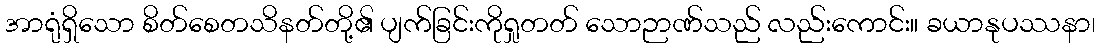
အာရုံရှိသော စိတ်စေတသိနတ်တို့၏ ပျက်ခြင်းကိုရှုတတ် သောဉာဏ်သည် လည်းကောင်း။ ခယာနုပဿနာ၊